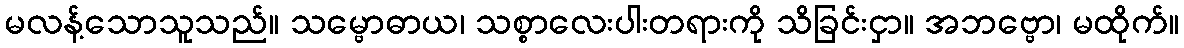
မလန့်သောသူသည်။ သမ္ဗောဓာယ၊ သစ္စာလေးပါးတရားကို သိခြင်းငှာ။ အဘဗ္ဗော၊ မထိုက်။